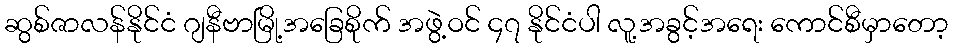
ဆွစ်ဇာလန်နိုင်ငံ ဂျနီဗာမြို့အခြေစိုက် အဖွဲ့ဝင် ၄၇ နိုင်ငံပါ လူ့အခွင့်အရေး ကောင်စီမှာတော့